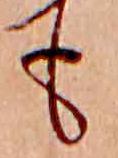
も